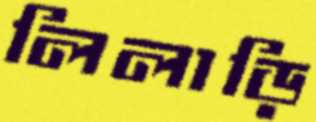
লিলাড়ি